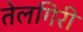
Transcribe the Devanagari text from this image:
तेलगिरी